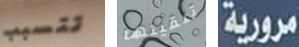
تتسبب تلقيتها مرورية